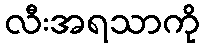
လီးအရသာကို